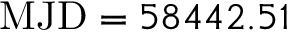
\mathrm { M J D } = 5 8 4 4 2 . 5 1